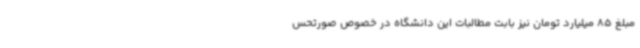
مبلغ 85 میلیارد تومان نیز بابت مطالبات این دانشگاه در خصوص صورتحس